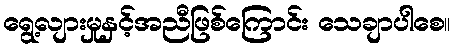
ရွေ့လျားမှုနှင့်အညီဖြစ်ကြောင်း သေချာပါစေ။